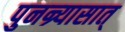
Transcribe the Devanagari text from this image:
पुनन्र्यासात्